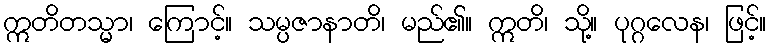
ဣတိတသ္မာ၊ ကြောင့်။ သမ္ပဇာနာတိ၊ မည်၏။ ဣတိ၊ သို့။ ပုဂ္ဂလေန၊ ဖြင့်။